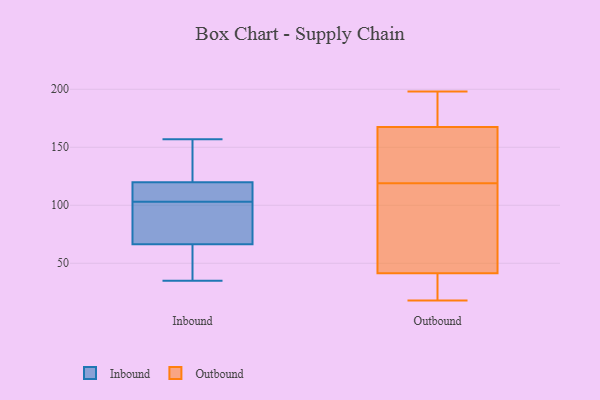
{"axis": {"x": "Backlog", "y": "Value"}, "legend": ["Inbound", "Outbound"], "data": [{"x": "", "y": 104, "type": "Inbound"}, {"x": "", "y": 147, "type": "Inbound"}, {"x": "", "y": 136, "type": "Inbound"}, {"x": "", "y": 44, "type": "Inbound"}, {"x": "", "y": 78, "type": "Inbound"}, {"x": "", "y": 35, "type": "Inbound"}, {"x": "", "y": 122, "type": "Inbound"}, {"x": "", "y": 119, "type": "Inbound"}, {"x": "", "y": 57, "type": "Inbound"}, {"x": "", "y": 103, "type": "Inbound"}, {"x": "", "y": 157, "type": "Inbound"}, {"x": "", "y": 59, "type": "Inbound"}, {"x": "", "y": 112, "type": "Inbound"}, {"x": "", "y": 69, "type": "Inbound"}, {"x": "", "y": 78, "type": "Inbound"}, {"x": "", "y": 105, "type": "Inbound"}, {"x": "", "y": 73, "type": "Inbound"}, {"x": "", "y": 119, "type": "Outbound"}, {"x": "", "y": 37, "type": "Outbound"}, {"x": "", "y": 190, "type": "Outbound"}, {"x": "", "y": 126, "type": "Outbound"}, {"x": "", "y": 24, "type": "Outbound"}, {"x": "", "y": 137, "type": "Outbound"}, {"x": "", "y": 18, "type": "Outbound"}, {"x": "", "y": 160, "type": "Outbound"}, {"x": "", "y": 43, "type": "Outbound"}, {"x": "", "y": 198, "type": "Outbound"}, {"x": "", "y": 72, "type": "Outbound"}, {"x": "", "y": 196, "type": "Outbound"}, {"x": "", "y": 86, "type": "Outbound"}]}